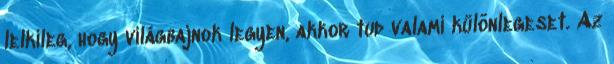
lelkileg, hogy világbajnok legyen, akkor tud valami különlegeset. Az